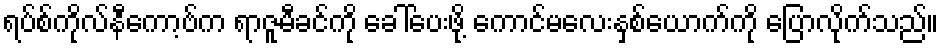
ရပ်စ်ကိုလ်နီကော့ဗ်က ရာဇူမီခင်ကို ခေါ်ပေးဖို့ ကောင်မလေးနှစ်ယောက်ကို ပြောလိုက်သည်။